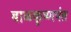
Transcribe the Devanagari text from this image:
बाळकृष्णपंत